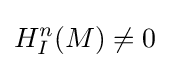
H_{I}^{n}(M)\neq 0